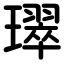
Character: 璻